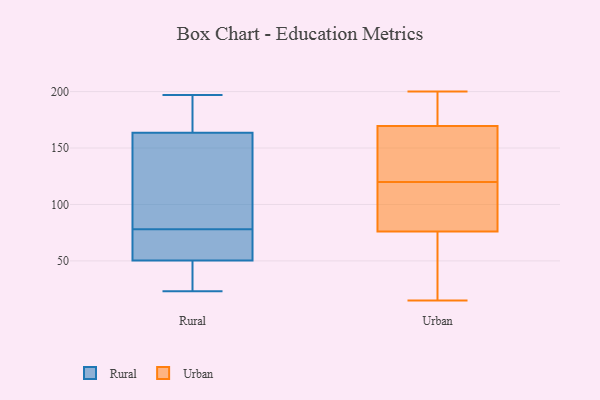
{"axis": {"x": "Active Users", "y": "Value"}, "legend": ["Rural", "Urban"], "data": [{"x": "", "y": 23, "type": "Rural"}, {"x": "", "y": 56, "type": "Rural"}, {"x": "", "y": 166, "type": "Rural"}, {"x": "", "y": 61, "type": "Rural"}, {"x": "", "y": 34, "type": "Rural"}, {"x": "", "y": 178, "type": "Rural"}, {"x": "", "y": 195, "type": "Rural"}, {"x": "", "y": 145, "type": "Rural"}, {"x": "", "y": 41, "type": "Rural"}, {"x": "", "y": 132, "type": "Rural"}, {"x": "", "y": 78, "type": "Rural"}, {"x": "", "y": 55, "type": "Rural"}, {"x": "", "y": 31, "type": "Rural"}, {"x": "", "y": 50, "type": "Rural"}, {"x": "", "y": 51, "type": "Rural"}, {"x": "", "y": 197, "type": "Rural"}, {"x": "", "y": 187, "type": "Rural"}, {"x": "", "y": 137, "type": "Rural"}, {"x": "", "y": 156, "type": "Rural"}, {"x": "", "y": 75, "type": "Urban"}, {"x": "", "y": 177, "type": "Urban"}, {"x": "", "y": 29, "type": "Urban"}, {"x": "", "y": 186, "type": "Urban"}, {"x": "", "y": 122, "type": "Urban"}, {"x": "", "y": 110, "type": "Urban"}, {"x": "", "y": 133, "type": "Urban"}, {"x": "", "y": 162, "type": "Urban"}, {"x": "", "y": 77, "type": "Urban"}, {"x": "", "y": 87, "type": "Urban"}, {"x": "", "y": 15, "type": "Urban"}, {"x": "", "y": 27, "type": "Urban"}, {"x": "", "y": 181, "type": "Urban"}, {"x": "", "y": 154, "type": "Urban"}, {"x": "", "y": 200, "type": "Urban"}, {"x": "", "y": 118, "type": "Urban"}]}